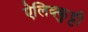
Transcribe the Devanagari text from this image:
ऐलिक्कुट्टी